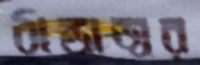
ঠান্ডাজ্বর